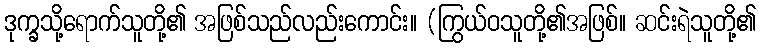
ဒုက္ခသို့ရောက်သူတို့၏ အဖြစ်သည်လည်းကောင်း။ (ကြွယ်ဝသူတို့၏အဖြစ်။ ဆင်းရဲသူတို့၏